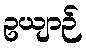
ဥယျာဉ်